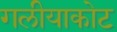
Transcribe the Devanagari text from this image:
गलीयाकोट